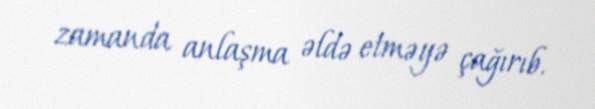
zamanda anlaşma əldə etməyə çağırıb.